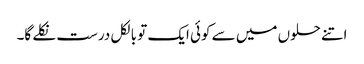
اتنے حلوں میں سے کوئی ایک تو بالکل درست نکلے گا۔